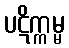
ပဋိက္ကမ္မ